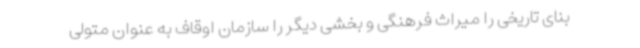
بنای تاریخی را میراث فرهنگی و بخشی دیگر را سازمان اوقاف به عنوان متولی